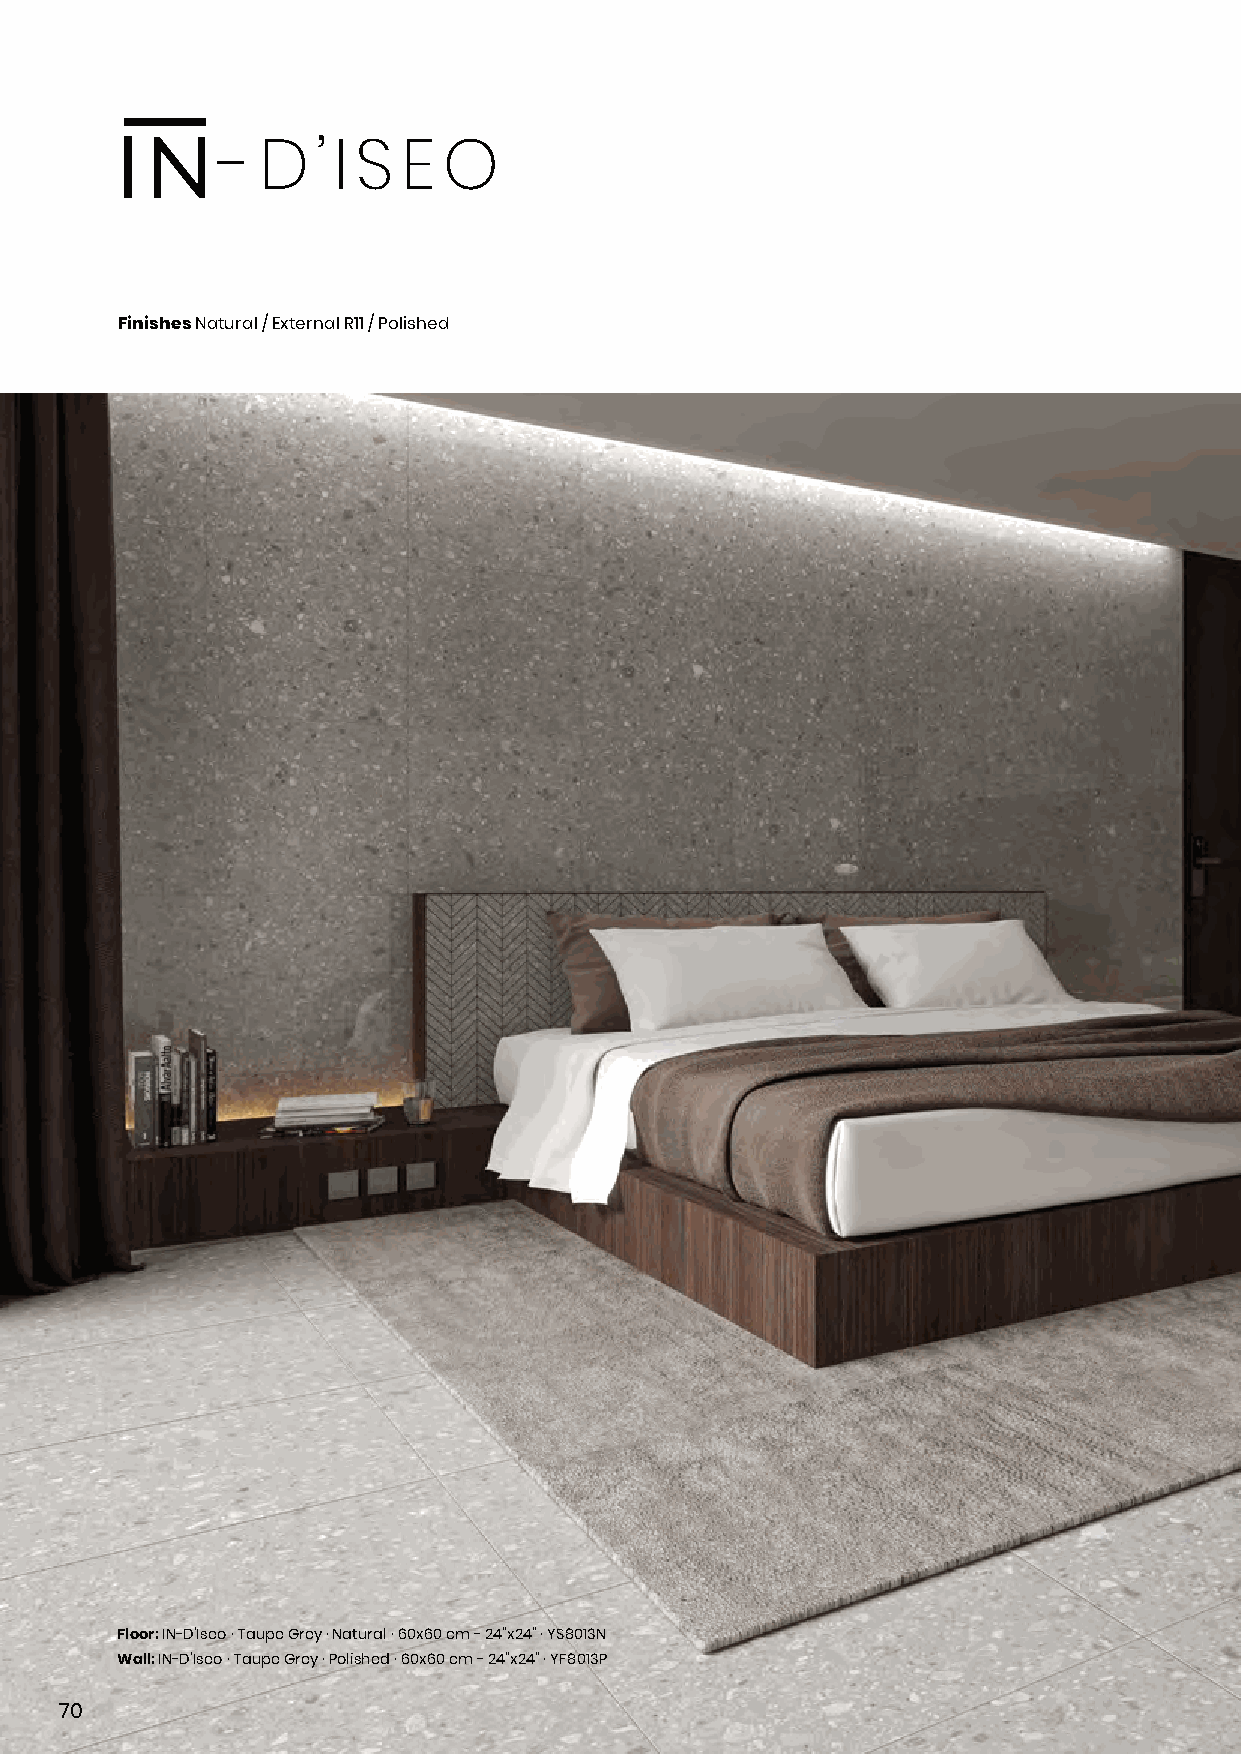
- D   ’ I S E O
 Finishes Natural / External R11 / Polished
 Floor: IN-D’Iseo · Taupe Grey · Natural · 60x60 cm - 24”x24” · YS8013N
 Wall: IN-D’Iseo · Taupe Grey · Polished · 60x60 cm - 24”x24” · YF8013P
 70